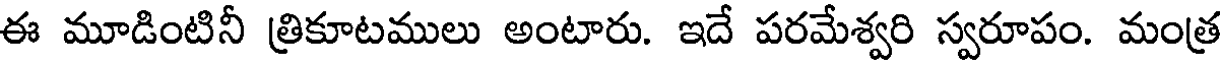
ఈ మూడింటినీ త్రికూటములు అంటారు. ఇదే పరమేశ్వరి స్వరూపం. మంత్ర